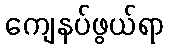
ကျေနပ်ဖွယ်ရာ